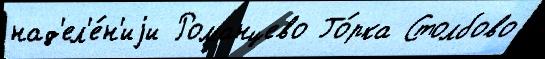
над'ел'е́н'иjи Романцево Го́рка Столбово